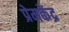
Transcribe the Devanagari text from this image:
प्रेमकेंद्र